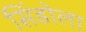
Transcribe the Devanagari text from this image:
सिंडोला